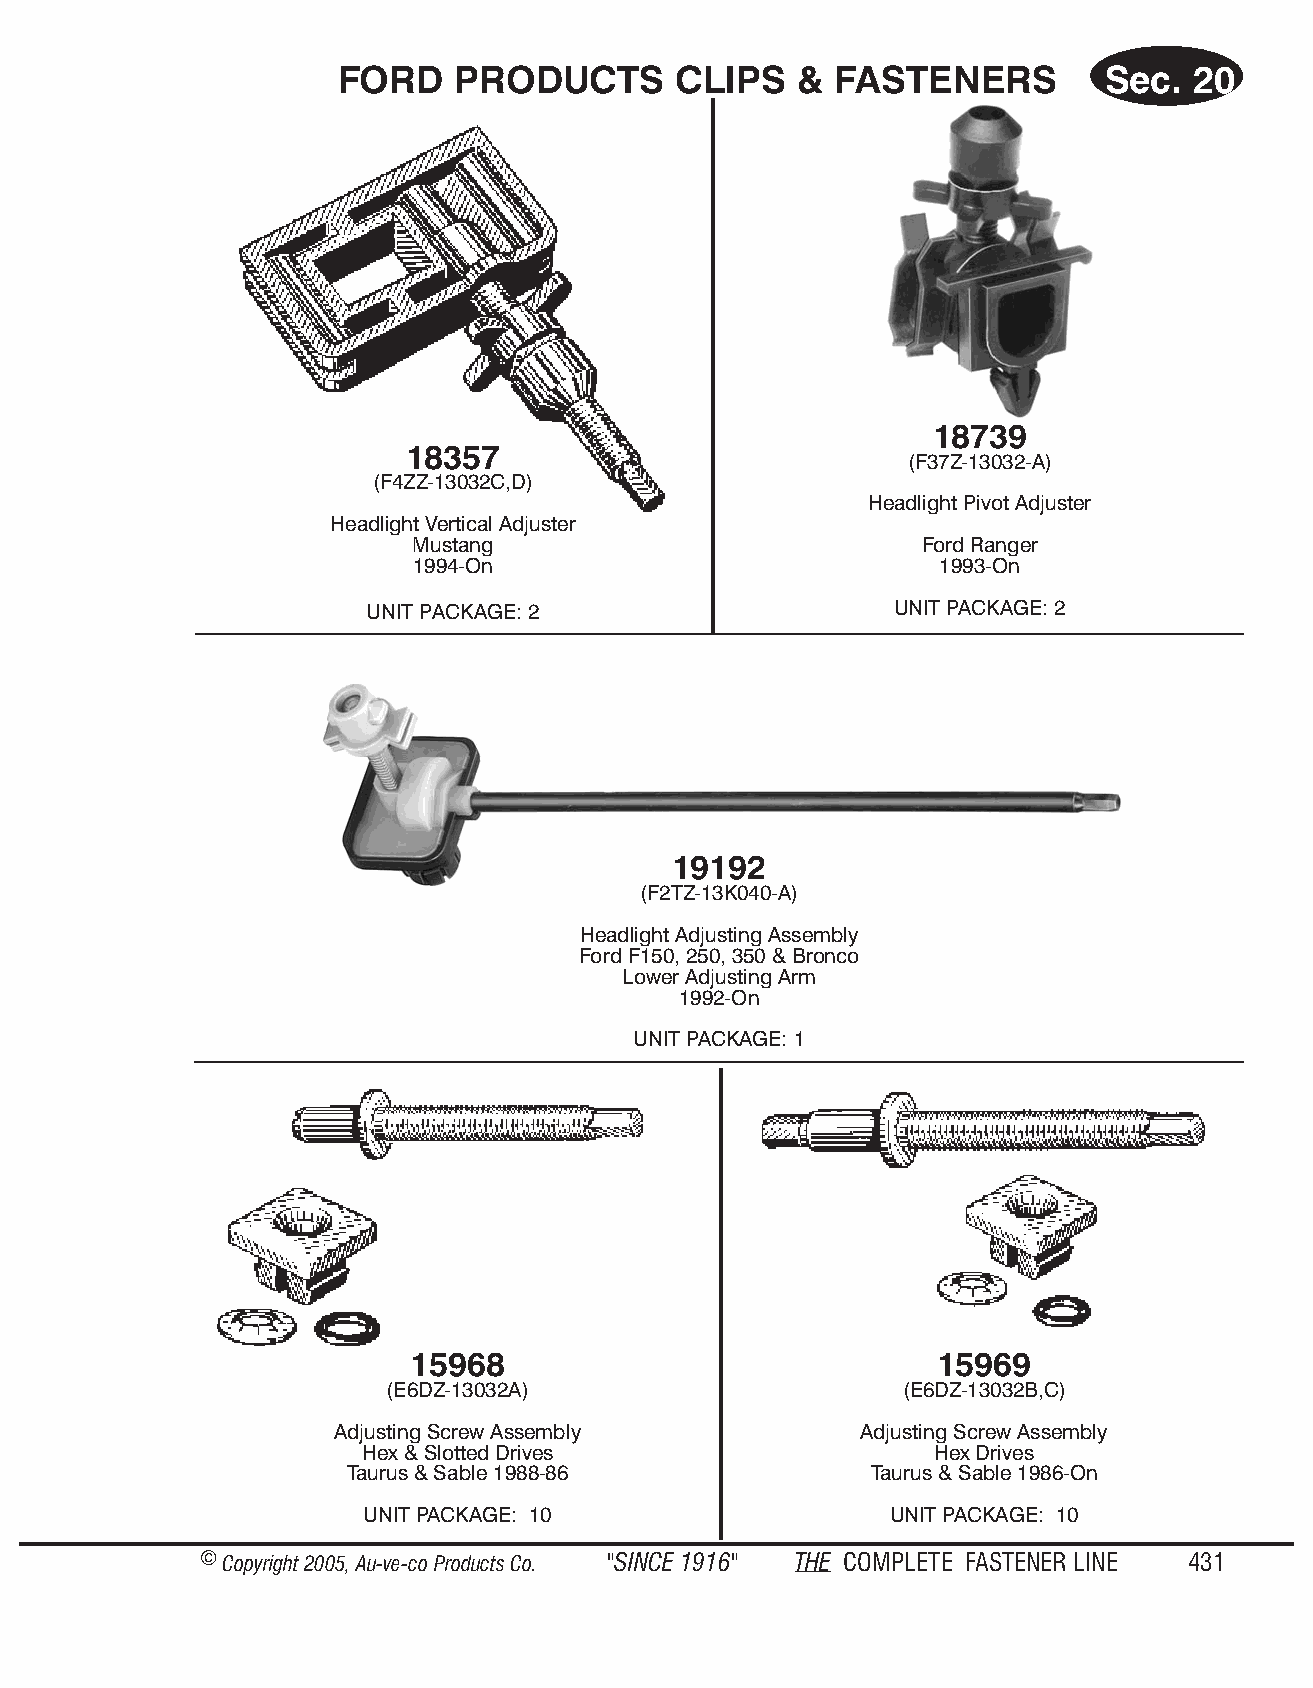
FORD   PROD   UCTS    CLIPS   & FAS  TENERS       Sec.  20
 18739
 18357
 (F37Z-13032-A)
 (F4ZZ-13032C,D)
 Headlight Pivot Adjuster
 Headlight Vertical Adjuster
 Mustang                          Ford Ranger
 1994-On                           1993-On
 UNIT PACKAGE: 2                    UNIT PACKAGE: 2
 19192
 (F2TZ-13K040-A)
 Headlight Adjusting Assembly
 Ford F150, 250, 350 & Bronco
 Lower Adjusting Arm
 1992-On
 UNIT PACKAGE: 1
 15968                              15969
 (E6DZ-13032A)                     (E6DZ-13032B,C)
 Adjusting Screw Assembly           Adjusting Screw Assembly
 Hex & Slotted Drives                  Hex Drives
 Taurus & Sable 1988-86             Taurus & Sable 1986-On
 UNIT PACKAGE: 10                   UNIT PACKAGE: 10
 © Copyr ight 2005, Au-ve-co Produ cts Co. "SINCE 1916" THE COM PLETE FAST ENER LINE 431